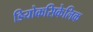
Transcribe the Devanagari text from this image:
डियोकसिकेलिक